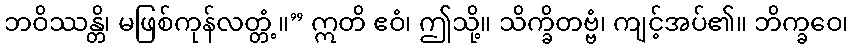
ဘဝိဿန္တိ၊ မဖြစ်ကုန်လတ္တံ့။” ဣတိ ဧဝံ၊ ဤသို့။ သိက္ခိတဗ္ဗံ၊ ကျင့်အပ်၏။ ဘိက္ခဝေ၊